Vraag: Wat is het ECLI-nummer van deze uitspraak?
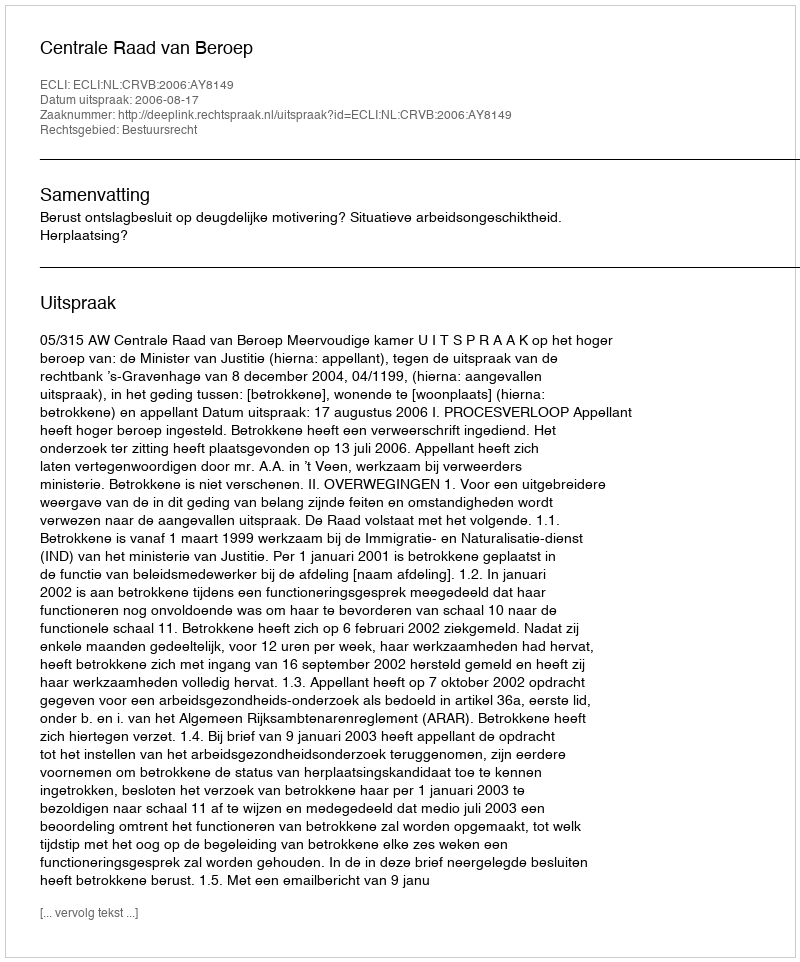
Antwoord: ECLI:NL:CRVB:2006:AY8149